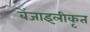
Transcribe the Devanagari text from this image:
बेंजाइलीकृत